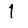
Digit: 1